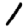
Digit: 1